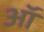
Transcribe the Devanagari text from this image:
ऑं